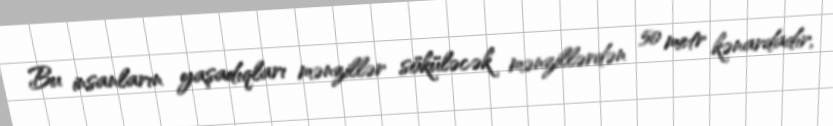
Bu insanların yaşadıqları mənzillər söküləcək mənzillərdən 50 metr kənardadır,